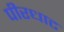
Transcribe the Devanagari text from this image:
पीरधाट